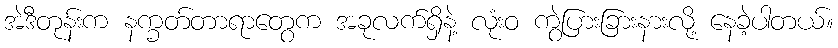
အဲဒီတုန်းက နက္ခတ်တာရာတွေက အခုလက်ရှိနဲ့ လုံးဝ ကွဲပြားခြားနားလို့ နေခဲ့ပါတယ်။